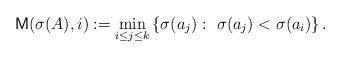
LaTeX: \begin{align*}\mathsf{M} (\sigma(A),i):= \min_{i\leq j\leq k} \left\{ \sigma(a_j) :\ \sigma(a_j) < \sigma(a_i) \right\}.\end{align*}